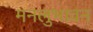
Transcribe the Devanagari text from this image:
मनलुभावन